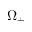
\Omega _ { \pm }